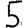
Digit: 5